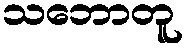
သဘောတူ